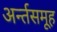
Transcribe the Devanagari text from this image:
अर्न्तसमूह